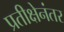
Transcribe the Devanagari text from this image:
प्रतीक्षेनंतर